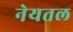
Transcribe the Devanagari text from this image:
नेयतल